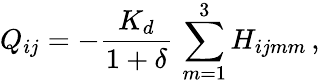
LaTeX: Q_{ij}=-\frac{K_{d}}{1+\delta}\, \sum_{m=1}^{3}H_{ijmm}\, ,